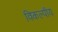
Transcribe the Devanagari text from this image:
विकल्पीय